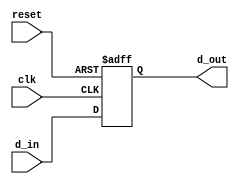
module register_behavior (
    input wire clk,         // Clock signal
    input wire reset,       // Reset signal
    input wire [7:0] d_in,  // 8-bit input data
    output reg [7:0] d_out  // 8-bit output data
);

// Task to update the output based on input
task update_output;
    input [7:0] data;      // Input parameter for task
    begin
        // Non-blocking assignment to update output
        d_out <= data;     // Update output with input data
    end
endtask

// Always block sensitive to the clock and reset
always @(posedge clk or posedge reset) begin
    if (reset) begin
        // On reset, set output to zero
        d_out <= 8'b0;     // Non-blocking assignment to reset output
    end else begin
        // Call the task to update the output with the input data
        update_output(d_in);
    end
end

endmodule